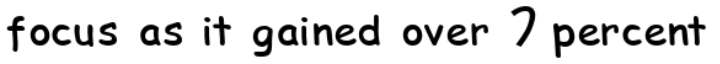
focus as it gained over 7 percent